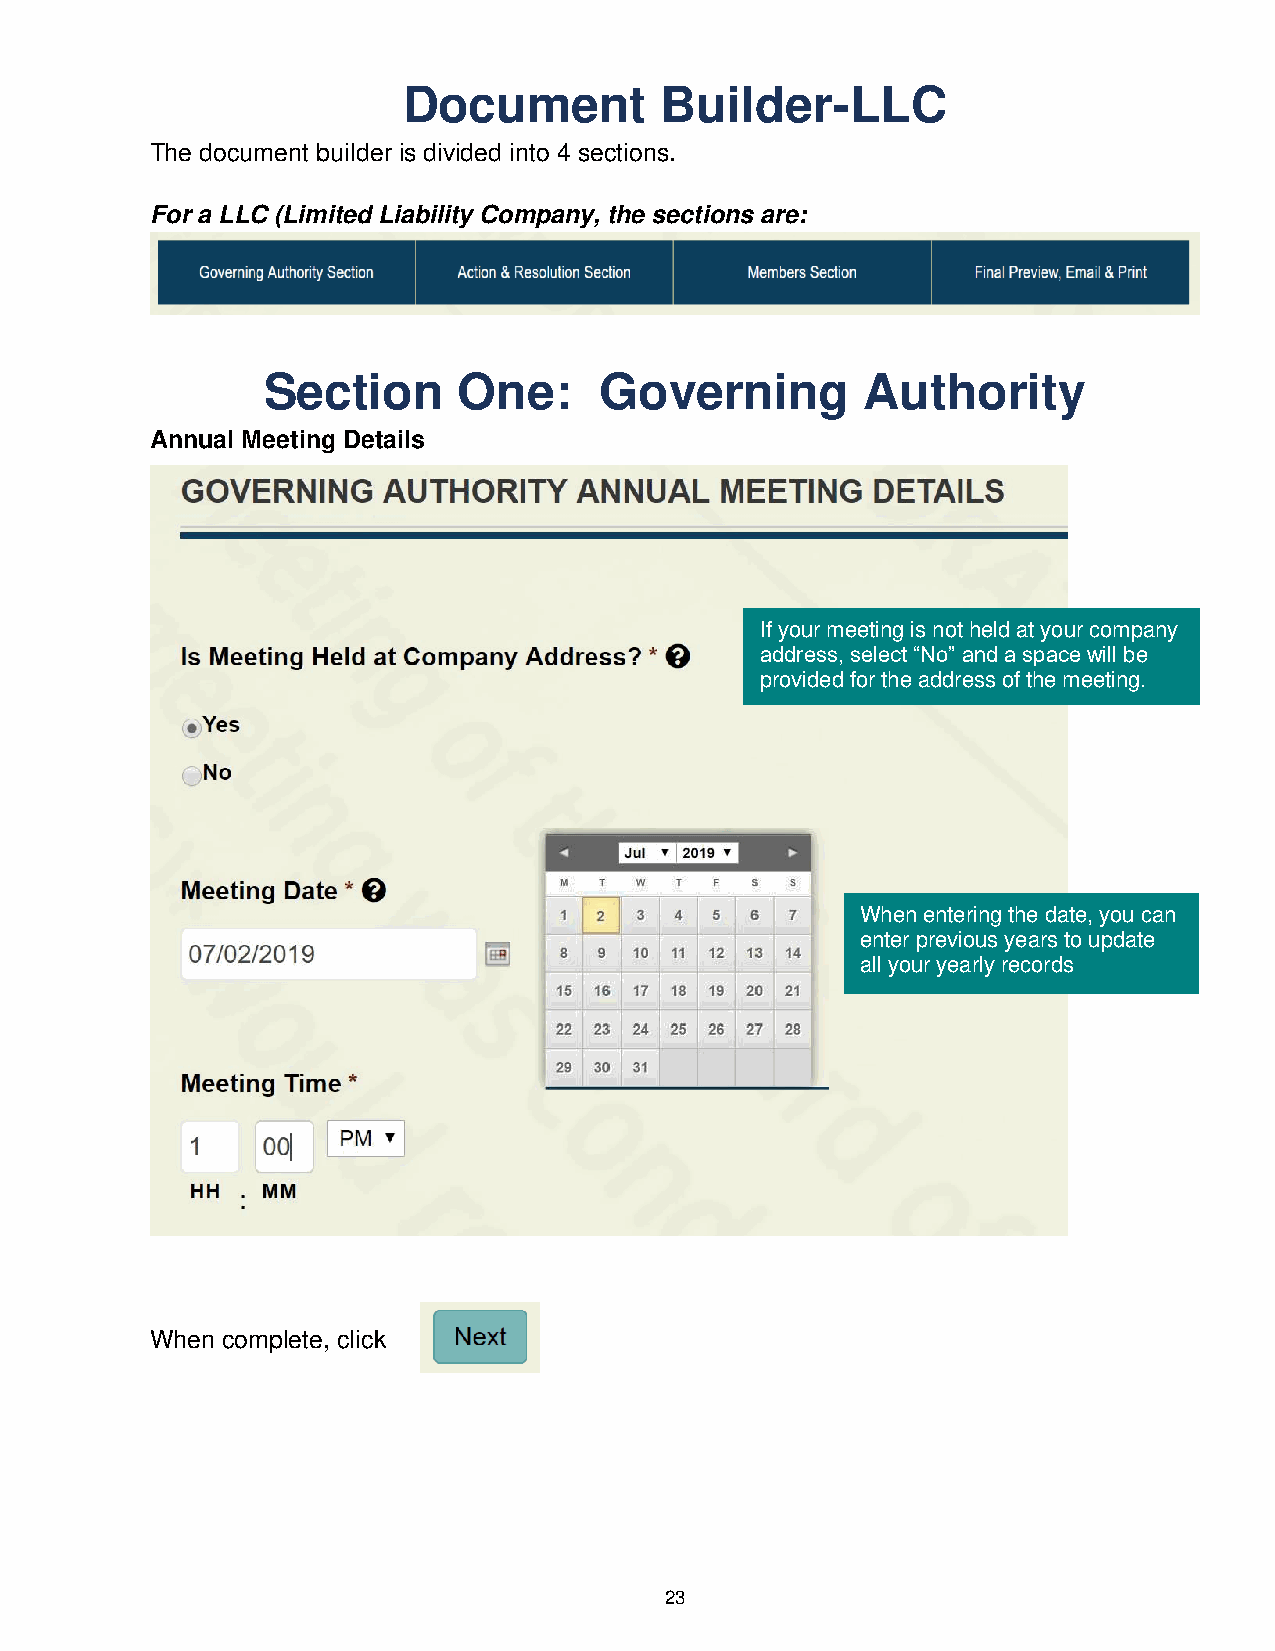
Document         Builder-LLC
 The document builder is divided into 4 sections.
 For a LLC (Limited Liability Company, the sections are:
 Section      One:      Governing        Authority
 Annual Meeting Details
 If your meeting is not held at your company
 address, select “No” and a space will be
 provided for the address of the meeting.
 When entering the date, you can
 enter previous years to update
 all your yearly records
 When complete, click
 23